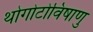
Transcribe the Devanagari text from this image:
थोगोटोविषाणु